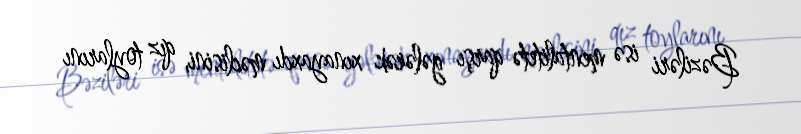
Bəziləri isə mentalitetə qarşı gələrək xınayaxdı məclisini, qız toylarını